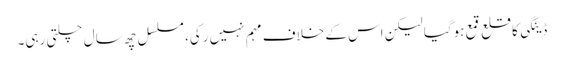
ڈینگی کا قلع قمع ہوگیا لیکن اس کے خلاف مہم نہیں رکی، مسلسل چھ سال چلتی رہی۔